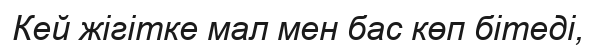
Кей жігітке мал мен бас көп бітеді,